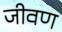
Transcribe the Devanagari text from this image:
जीवण